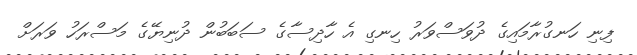
ފިނި ހަނގުރާމައިގެ ދުވަސްވަރު ހިނގި އެ ހާދިސާގެ ސަބަބުން ދުނިޔޭގެ މަސްރަހު ވަރަށް